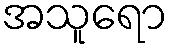
အသူရော